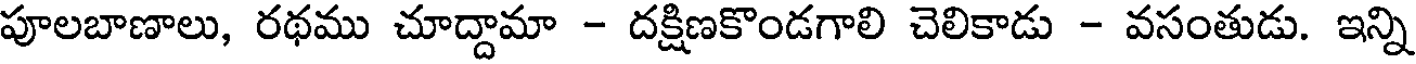
పూలబాణాలు, రథము చూద్దామా - దక్షిణకొండగాలి చెలికాడు - వసంతుడు. ఇన్ని